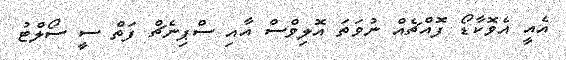
އެއީ އެވޮކާޑޯ ފޮއްޗެއް ނުވަތަ އޮލިވްސް އާއި ސްޕިނެޗް ފަތް ސީ ސޯލްޓު